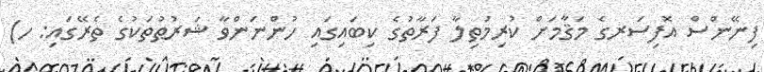
ފިނޭންސް އޮފިސަރގެ މަޤާމަށް ކުރިމަތިލާ ފަރާތުގެ ކިބައިގައި ހުންނަންވާ ޝަރުޠުތަކުގެ ތެރޭގައި: ހ)